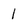
Character: 1